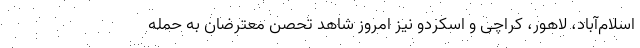
اسلام‌آباد، لاهور، کراچی و اسکردو نیز امروز شاهد تحصن معترضان به حمله